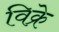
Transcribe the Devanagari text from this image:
विक्रे